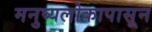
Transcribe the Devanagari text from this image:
मनुष्यलोकापासून